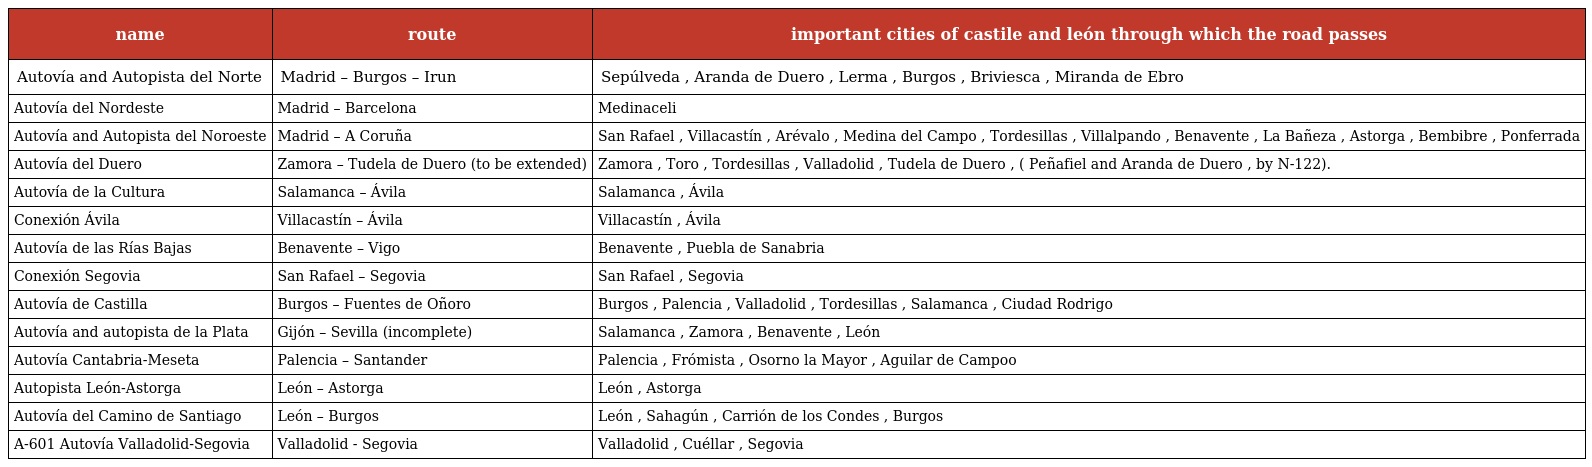
| name | route | important cities of castile and león through which the road passes |
 | --- | --- | --- |
 | Autovía and Autopista del Norte | Madrid – Burgos – Irun | Sepúlveda , Aranda de Duero , Lerma , Burgos , Briviesca , Miranda de Ebro |
 | Autovía del Nordeste | Madrid – Barcelona | Medinaceli |
 | Autovía and Autopista del Noroeste | Madrid – A Coruña | San Rafael , Villacastín , Arévalo , Medina del Campo , Tordesillas , Villalpando , Benavente , La Bañeza , Astorga , Bembibre , Ponferrada |
 | Autovía del Duero | Zamora – Tudela de Duero (to be extended) | Zamora , Toro , Tordesillas , Valladolid , Tudela de Duero , ( Peñafiel and Aranda de Duero , by N-122). |
 | Autovía de la Cultura | Salamanca – Ávila | Salamanca , Ávila |
 | Conexión Ávila | Villacastín – Ávila | Villacastín , Ávila |
 | Autovía de las Rías Bajas | Benavente – Vigo | Benavente , Puebla de Sanabria |
 | Conexión Segovia | San Rafael – Segovia | San Rafael , Segovia |
 | Autovía de Castilla | Burgos – Fuentes de Oñoro | Burgos , Palencia , Valladolid , Tordesillas , Salamanca , Ciudad Rodrigo |
 | Autovía and autopista de la Plata | Gijón – Sevilla (incomplete) | Salamanca , Zamora , Benavente , León |
 | Autovía Cantabria-Meseta | Palencia – Santander | Palencia , Frómista , Osorno la Mayor , Aguilar de Campoo |
 | Autopista León-Astorga | León – Astorga | León , Astorga |
 | Autovía del Camino de Santiago | León – Burgos | León , Sahagún , Carrión de los Condes , Burgos |
 | A-601 Autovía Valladolid-Segovia | Valladolid - Segovia | Valladolid , Cuéllar , Segovia |